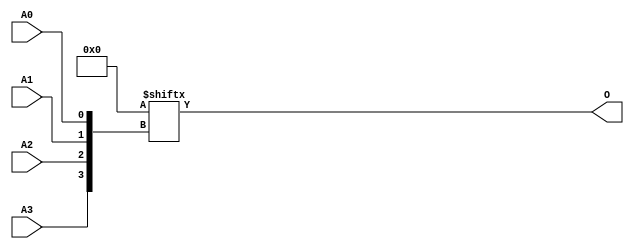
module ROM16X1 (
  output O,
  input A0, A1, A2, A3
);
  parameter [15:0] INIT = 16'h0;
  assign O = INIT[{A3, A2, A1, A0}];
endmodule